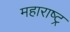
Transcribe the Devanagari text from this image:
महाराष्‍ट्र